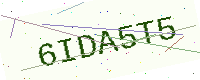
Text: 6IDA5T5